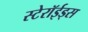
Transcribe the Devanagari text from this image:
स्टेरॉईड्स